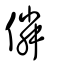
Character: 僯